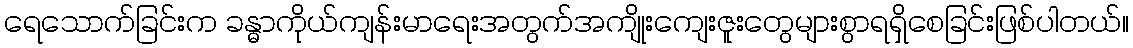
ရေသောက်ခြင်းက ခန္ဓာကိုယ်ကျန်းမာရေးအတွက်အကျိုးကျေးဇူးတွေများစွာရရှိစေခြင်းဖြစ်ပါတယ်။